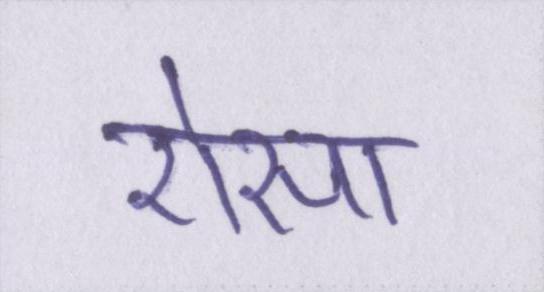
ऐसा